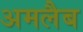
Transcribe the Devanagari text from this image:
अमलैब